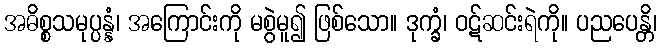
အဓိစ္စသမုပ္ပန္နံ၊ အကြောင်းကို မစွဲမူ၍ ဖြစ်သော။ ဒုက္ခံ၊ ဝဋ်ဆင်းရဲကို။ ပညပေန္တိ၊